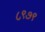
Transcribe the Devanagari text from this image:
८९७९